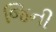
જિની